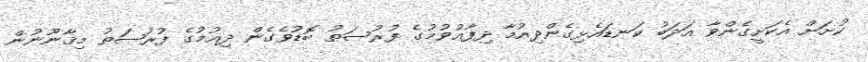
ކުށަށް އެކަށީގެންވާ އަދަބު ކަނޑައެޅިގެންދިއުމާ ދިފާޢުވުމުގެ ފުރުޞަތު ބޮޑުވެގެން ދިއުމުގެ ފުރުޞަތު މިޤާނޫނުން